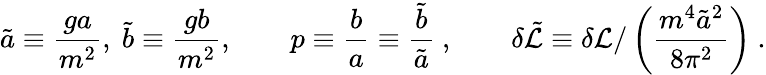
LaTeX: {\tilde{a}}\equiv\frac{ga}{m^{2}},\ {\tilde{b}}\equiv\frac{gb}{m^{2}},\qquad p\equiv\frac{b}{a}\equiv\frac{{\tilde{b}}}{{\tilde{a}}}\ ,\qquad\delta{\tilde{\cal L}}\equiv\delta{\cal L}/\left(\frac{m^{4}{\tilde{a}}^{2}}{8\pi^{2}}\right)\ .